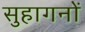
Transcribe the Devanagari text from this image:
सुहागनों